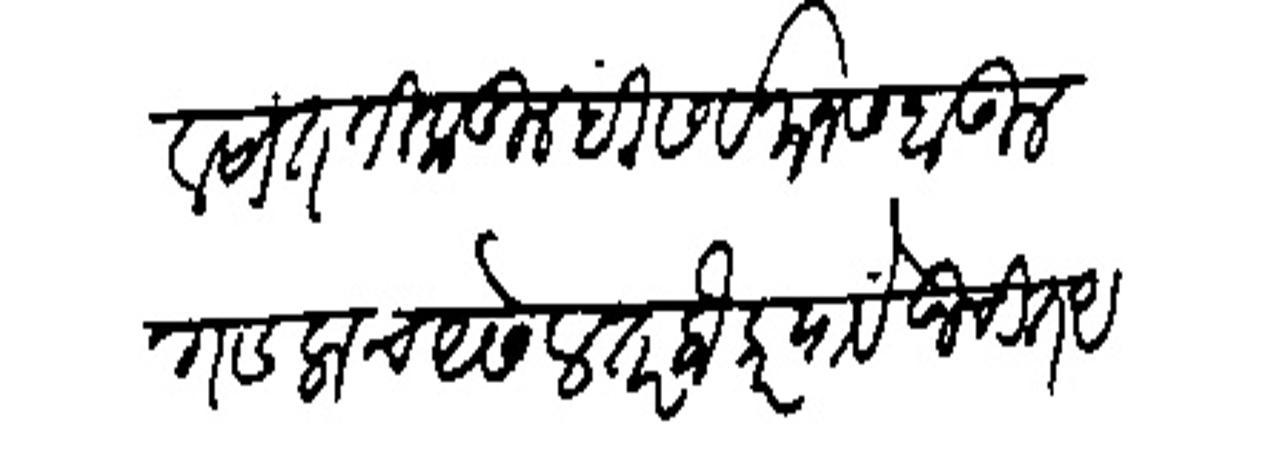
Transliteration (Devanagari): दिवसांत तिकडीलही सर्व मनसबा उलगडलाच असेल तर लौकर यावे उचित असे